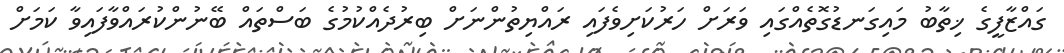
ގައްޒާފީގެ ޚިތާބު މައިގަނޑުގޮތެއްގައި ވަރަށް ހަރުކަށިވެފައި ރައްޔިތުންނަށް ބިރުދެއްކުމުގެ ބަސްތައް ބޭނުންކުރައްވާފައިވާ ކަމަށް